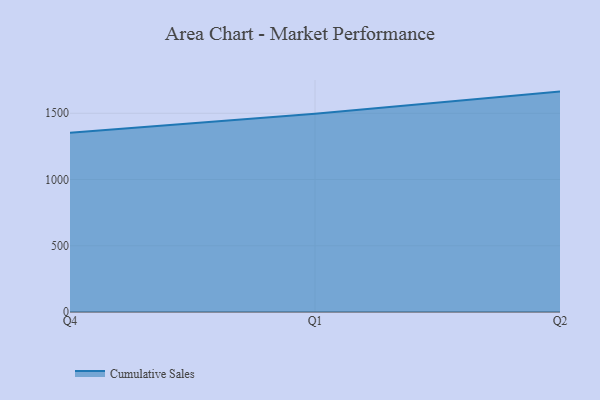
{"axis": {"x": "Quarter", "y": "Shipments"}, "legend": ["Cumulative Sales"], "data": [{"x": "Q4", "y": 1353.5, "type": "Cumulative Sales"}, {"x": "Q1", "y": 1497.1, "type": "Cumulative Sales"}, {"x": "Q2", "y": 1663.4, "type": "Cumulative Sales"}]}